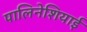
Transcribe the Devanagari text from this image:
पालिनेशियाई